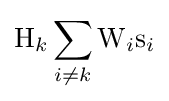
\mathrm {H} _{k}\sum _{i\neq k}\mathrm {W} _{i}\mathrm {s} _{i}